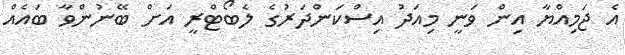
އެ ޖަމިއްޔާ އިން ވަނީ މިއަދު އިސްކަންދަރުގެ ލެބޯޓްރީ އަށް ބޭނުންވާ ބައެއް